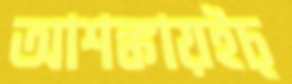
আশঙ্কায়ইচ্